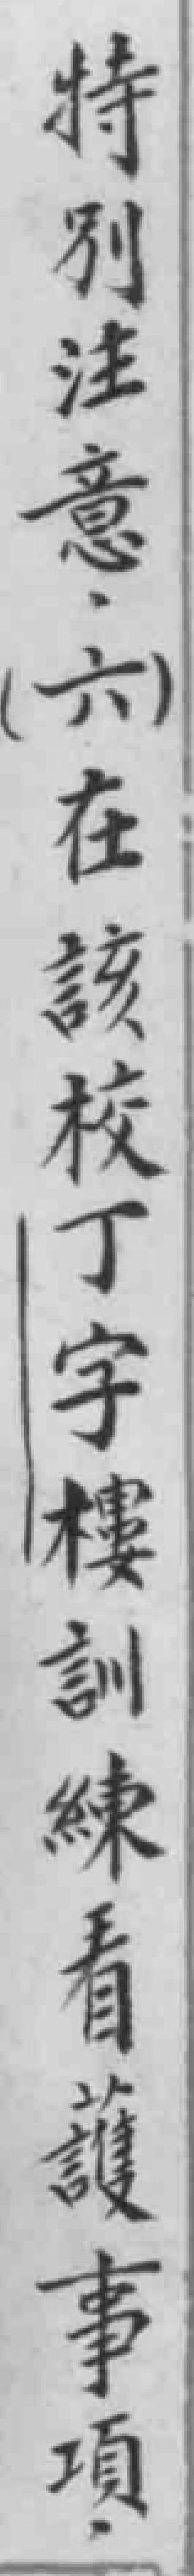
特別注意。（六）在該校丁宇樓訓練看護事項。